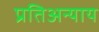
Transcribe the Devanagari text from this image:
प्रतिअन्याय